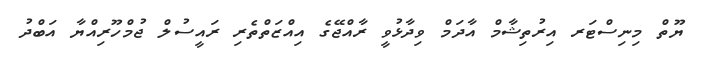
ޔޫތް މިނިސްޓަރ އިރުތިޝާމް އާދަމް ވިދާޅުވީ ރާއްޖޭގެ އިއްޒަތްތެރި ރައީސުލް ޖުމްހޫރިއްޔާ އަބްދު